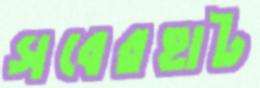
সবেরহাট